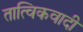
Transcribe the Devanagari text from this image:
तात्विकवादी